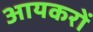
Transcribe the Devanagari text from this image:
आयकरों